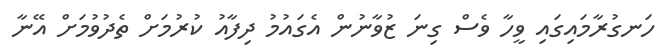
ހަނގުރާމައިގައި ވީހާ ވެސް ގިނަ ޒުވާނުން އެގައުމު ދިފާއު ކުރުމަށް ތެދުވުމަށް އޭނާ